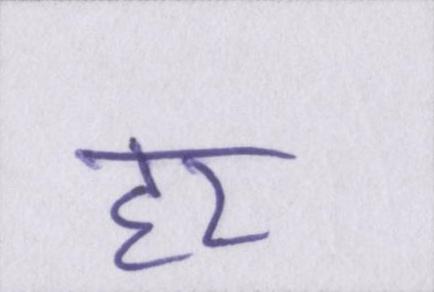
हर